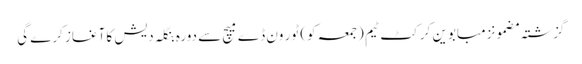
گزشتہ مضمونزمبابوین کرکٹ ٹیم (جمعہ کو) ٹور ون ڈے میچ سے دورہ بنگلہ دیش کا آغاز کرے گی